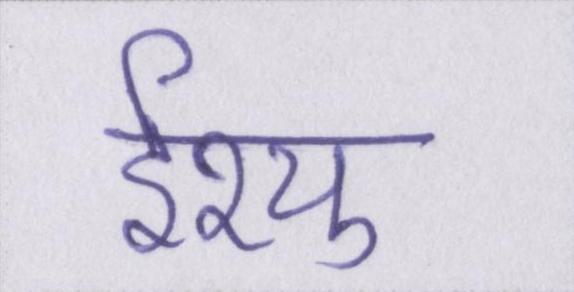
ईश्यु